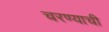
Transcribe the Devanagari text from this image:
चरण्याची